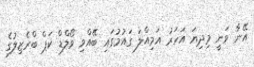
އޭނާ ވަނީ މިދިޔަ އަހަރު އަމިއްލަ ގައުމުގައި ބޭއްވި ވޯލްޑް ކަޕް ބްރެޒިލުގެ